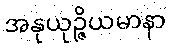
အနုယုဉ္ဇိယမာနာ